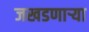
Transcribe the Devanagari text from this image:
जखडणाऱ्या